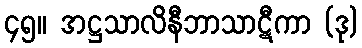
၄၅။ အဋ္ဌသာလိနီဘာသာဋီကာ (ဒု)